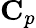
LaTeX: \mathbf{C}_{p}